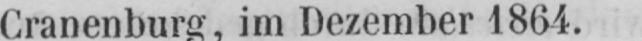
Cranenburg, im Dezember 1864.